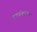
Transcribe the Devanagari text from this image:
याम्योत्तरगमन